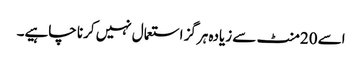
اسے 20منٹ سے زیادہ ہرگز استعمال نہیں کرنا چاہیے۔